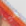
هيا